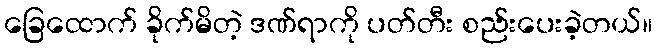
ခြေထောက် ခိုက်မိတဲ့ ဒဏ်ရာကို ပတ်တီး စည်းပေးခဲ့တယ်။